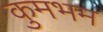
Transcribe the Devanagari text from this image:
कुमभम